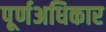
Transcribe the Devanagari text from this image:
पूर्णअधिकार